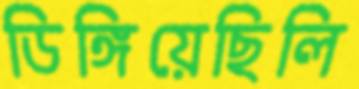
ডিঙ্গিয়েছিলি